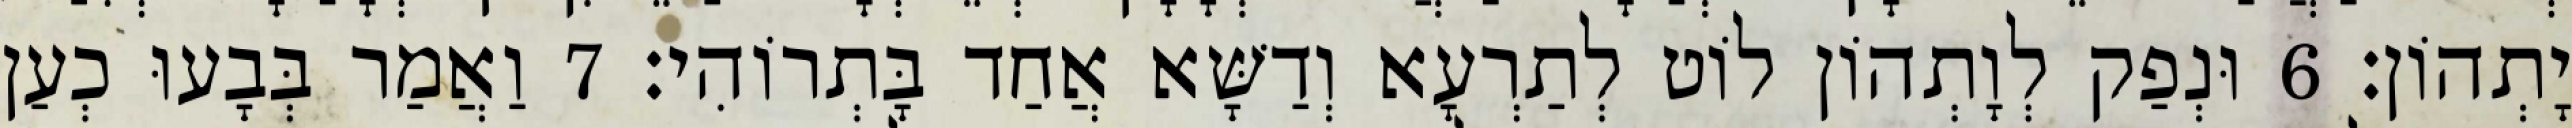
יָתְהוֹן׃ 6 וּנְפַק לְוָתְהוֹן לוֹט לְתַרְעָא וְדַשָּׁא אֲחַד בָּתְרוֹהִי׃ 7 וַאֲמַר בְּבָעוּ כְעַן